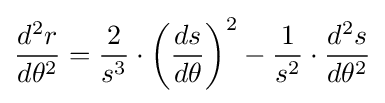
{\frac {d^{2}r}{d\theta ^{2}}}={\frac {2}{s^{3}}}\cdot \left({\frac {ds}{d\theta }}\right)^{2}-{\frac {1}{s^{2}}}\cdot {\frac {d^{2}s}{d\theta ^{2}}}